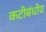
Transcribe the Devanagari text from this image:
कटीबंधीय